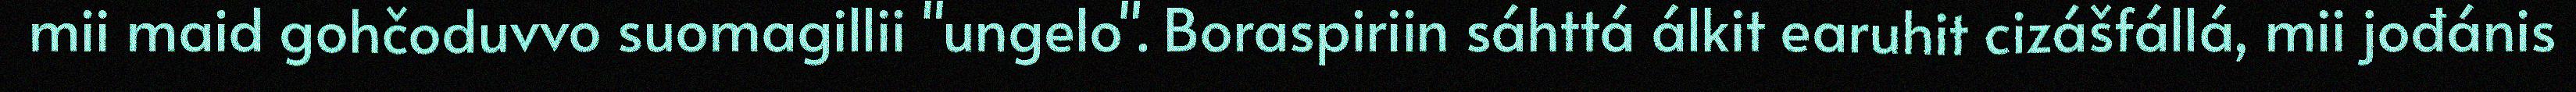
mii maid gohčoduvvo suomagillii "ungelo". Boraspiriin sáhttá álkit earuhit cizášfállá, mii jođánis